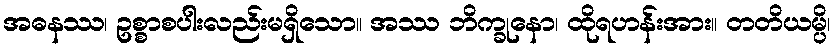
အဓနဿ၊ ဥစ္စာစပါးလည်းမရှိသော။ အဿ ဘိက္ခုနော၊ ထိုရဟန်းအား။ တတိယမ္ပိ၊